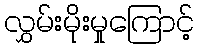
လွှမ်းမိုးမှုကြောင့်